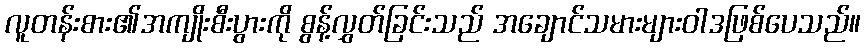
လူတန်းစား၏အကျိုးစီးပွားကို စွန့်လွှတ်ခြင်းသည် အချောင်သမားများဝါဒဖြစ်ပေသည်။